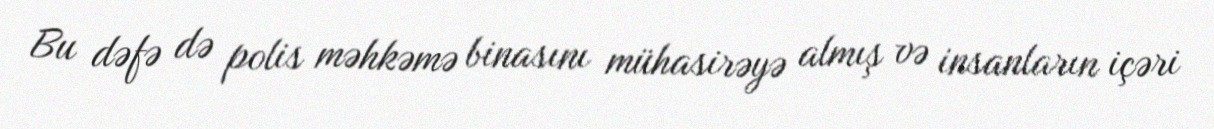
Bu dəfə də polis məhkəmə binasını mühasirəyə almış və insanların içəri